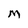
Character: M